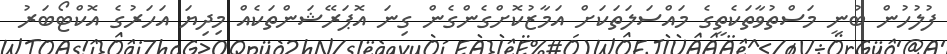
ފުލުހުން ބުނީ މަސްތުވާތަކެތީގެ މައްސަލަތަކަށް އަމާޒުކޮށްގެންގެން ގިނަ އޮޕަރޭޝަންތަކެއް މިދިޔަ އަހަރުގެ އޮކްޓޯބަރު